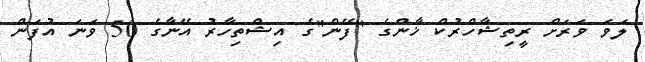
ލަވަ ވަރަށް ރީތިޝާހްރުކް ޚާންގެ "ފޭން"ގެ އިޝްތިހާރު އޭނާގެ 50 ވަނަ އުފަން